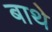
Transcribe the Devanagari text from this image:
बाथे